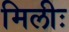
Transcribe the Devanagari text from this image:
मिलीः